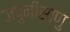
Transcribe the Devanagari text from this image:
जपुनीसाणु